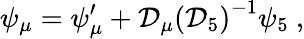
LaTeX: \psi_{\mu}=\psi_{\mu}^{\prime}+{\cal D}_{\mu}\left({\cal D}_{5}\right)^{-1}\psi_{5}\ ,